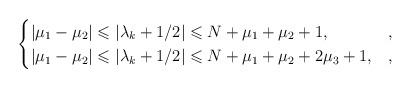
LaTeX: \begin{align*} \begin{cases} |\mu_1-\mu_2|\leqslant|\lambda_k+1/2|\leqslant N+\mu_1+\mu_2+1, & , \\ |\mu_1-\mu_2|\leqslant|\lambda_k+1/2|\leqslant N+\mu_1+\mu_2+2\mu_3+1, & , \end{cases}\end{align*}